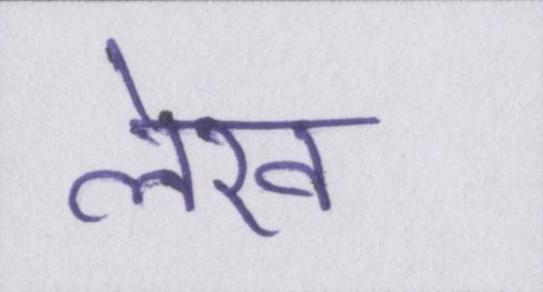
लेख